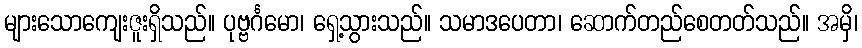
များသောကျေးဇူးရှိသည်။ ပုဗ္ဗင်္ဂမော၊ ရှေ့သွားသည်။ သမာဒပေတာ၊ ဆောက်တည်စေတတ်သည်။ အမှိ၊